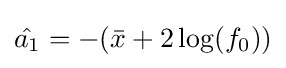
{\hat {a_{1}}}=-({\bar {x}}+2\log(f_{0}))